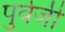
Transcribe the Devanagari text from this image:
पुर्वजी